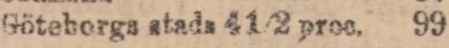
Göteborga stada 4 1/2 proc. 99 — —